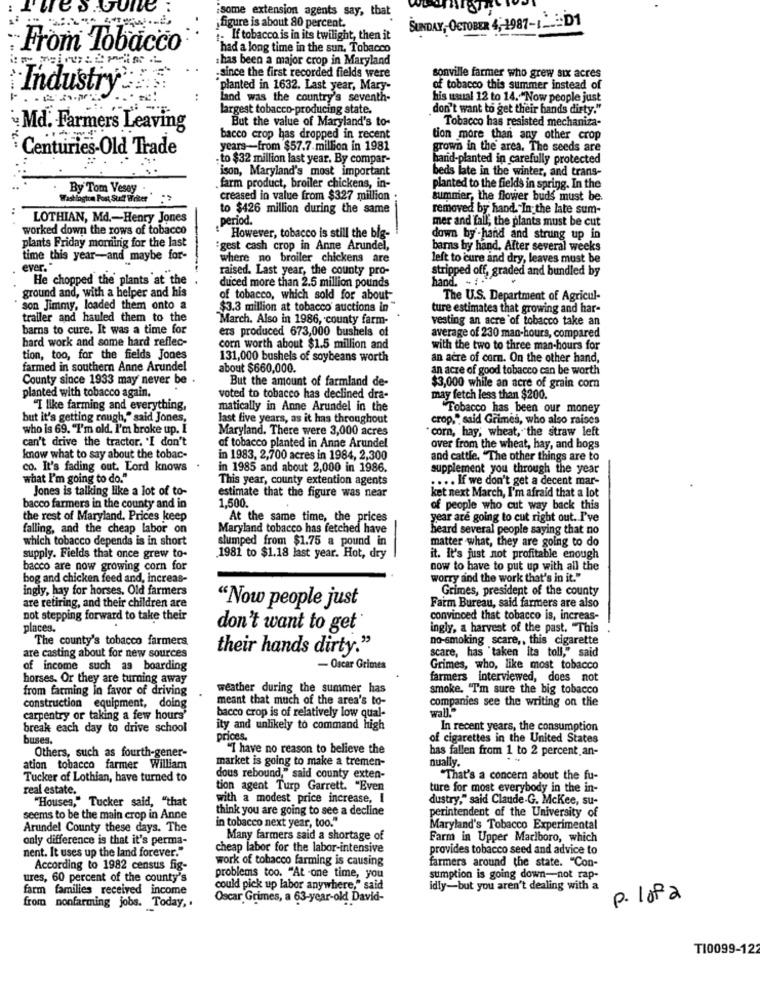
some extension agents say, that
figure is about 80 percent.
SUNDAY, OCTOBER 4 ,- 1987-1 ...: D1
- If tobacco is in its twilight, then it
From Tobacco
had a long time in the sun, Tobacco
: has been a major crop in Maryland
-since the first recorded fields were
sonville farmer who grew six acres
·Industry
planted in 1632. Last year, Mary-
of tobacco this summer instead of
land was the country's seventh-
his usual 12 to 14. "Now people just
largest tobacco-producing state.
don't want to get their hands dirty."
But the value of Maryland's to-
Tobacco has resisted mechaniza-
Md. Farmers Leaving
bacco crop has dropped in recent
tion more than any other crop
Centuries-Old Trade
years-from $57.7 million in 1981
grown in the area. The seeds are
. to $32 million last year. By compar-
hard-planted in carefully protected
ison, Maryland's most important
beds late in the winter, and trans-
By Tom Vesey .
farm product, broiler chickens, in-
planted to the fields in spring. In the
Washington Post Suit Writer "
creased in value from $327 million :
summer, the flower buds must be.
to $426 million during the same
removed by hand. "In the late sum-
LOTHIAN, Md .- Henry Jones
period.
mer and fall; the plants must be cut
worked down the rows of tobacco
.However, tobacco is still the big-
down by -hand and strung up in
plants Friday morning for the last
:gest cash crop in Anne Arundel,
barns by hand. After several weeks
time this year-and maybe for-
where no broiler chickens are
left to cure and dry, leaves must be
ever."
raised. Last year, the county pro-
stripped off, graded and bundled by
He chopped the plants at the
hand. - . "
duced more than 2.5 million pounds
ground and, with a helper and his
of tobacco, which sold for about-
The U.S. Department of Agricul-
son Jimmy, loaded them onto a
$3.3 million at tobacco auctions in
ture estimates that growing and har-
trailer and hauled them to the
March. Also in 1986, county farm-
vesting an acre of tobacco take an
barns to cure. It was a time for
ers produced 673,000 bushels of
hard work and some hard reflec-
average of 230 man-hours, compared
corn worth about $1.5 million and
with the two to three man-hours for
tion, too, for the fields Jones
131,000 bushels of soybeans worth
an acre of corn. On the other hand,
farmed in southern Anne Arundel
about $660,000.
an acre of good tobacco can be worth
County since 1933 may never be .
But the amount of farmland de-
$3,000 while an acre of grain com
planted with tobacco again.
voted to tobacco has declined dra-
may fetch less than $200.
"I like farming and everything,
matically in Anne Arundel in the
Tobacco has been our money
but it's getting rough," said Jones,
last five years, as it has throughout
crop," said Grimes, who also raises
who is 69. "I'm old. I'm broke up. I
Maryland. There were 3,000 acres
can't drive the tractor. "I don't
corn, hay; wheat, the straw left
of tobacco planted in Anne Arundel
over from the wheat, hay, and hogs
know what to say about the tobac-
in 1983, 2,700 acres in 1984, 2,300
and cattle. "The other things are to
co. It's fading out. Lord knows
in 1985 and about 2,000 in 1986.
supplement you through the year
what I'm going to do."
This year, county extention agents
.... If we don't get a decent mar-
Jones is talking like a lot of to-
estimate that the figure was near
ket next March, I'm afraid that a lot
1,500.
bacco farmers in the county and in
of people who cut way back this
the rest of Maryland. Prices keep
At the same time, the prices
year are going to cut right out. I've
falling, and the cheap labor on
Maryland tobacco has fetched have
heard several people saying that no
which tobacco depends is in short
slumped from $1.75 a pound in
matter what, they are going to do
supply. Fields that once grew to-
1981 to $1.18 last year. Hot, dry
it. It's just not profitable enough
bacco are now growing corn for
now to have to put up with all the
bog and chicken feed and, increas-
worry and the work that's in it."
ingly, hay for horses. Old farmers
Grimes, president of the county
are retiring, and their children are
"Now people just
Farm Bureau, said farmers are also
not stepping forward to take their
convinced that tobacco is, increas-
places.
don't want to get
ingly, a harvest of the past. "This
The county's tobacco farmers
no-smoking scare ,, this cigarette
their hands dirty."
scare, has "taken its toll," said
are casting about for new sources
of income such as boarding
- Oscar Grimes
Grimes, who, like most tobacco
horses. Or they are turning away
farmers interviewed, does not
from farming in favor of driving
weather during the summer has
smoke. 'Tm sure the big tobacco
meant that much of the area's to-
companies see the writing on the
construction equipment, doing
bacco crop is of relatively low qual-
carpentry or taking a few hours'
break each day to drive school
ity and unlikely to command high
In recent years, the consumption
buses.
prices.
of cigarettes in the United States
Others, such as fourth-gener-
"I have no reason to believe the
has fallen from 1 to 2 percent. an-
market is going to make a tremen-
nually.
ation tobacco farmer William
Tucker of Lothian, have turned to
dous rebound," said county exten-
"That's a concern about the fu-
real estate.
tion agent Turp Garrett. "Even
ture for most everybody in the in-
"Houses," Tucker said, "that
with a modest price increase, I
dustry," said Claude.G. McKee, su-
think you are going to see a decline
seems to be the main crop in Anne
in tobacco next year, too."
perintendent of the University of
Arundel County these days. The
Maryland's Tobacco Experimental
only difference is that it's perma-
Many farmers said a shortage of
Farm in Upper Marlboro, which
nent. It uses up the land forever."
cheap labor for the labor-intensive
provides tobacco seed and advice to
work of tobacco farming is causing
According to 1982 census fig-
farmers around the state. "Con-
ures, 60 percent of the county's
problems too. "At one time, you
sumption is going down-not rap-
farm families received income
could pick up labor anywhere," sa
idly-but you aren't dealing with a
Oscar Grimes, a 63-year-old David-
p. lofa
from nonfarming jobs. Today, .
T10099-122